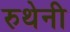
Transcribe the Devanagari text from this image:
रुथेनी